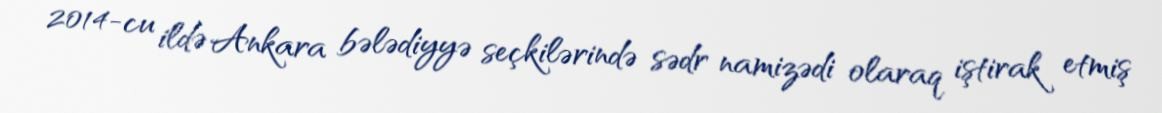
2014-cu ildə Ankara bələdiyyə seçkilərində sədr namizədi olaraq iştirak etmiş